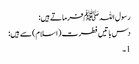
رسول اللہﷺ فرماتےہیں:
دس باتیں فطرت (اسلام) سے ہیں:
1۔